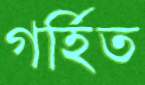
গর্হিত